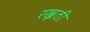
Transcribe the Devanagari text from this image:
रख्रती